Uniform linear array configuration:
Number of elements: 16
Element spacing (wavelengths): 0.25
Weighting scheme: cosine
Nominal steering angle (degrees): -15
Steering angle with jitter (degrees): -14.798
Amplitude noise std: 0.05
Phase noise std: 0.05

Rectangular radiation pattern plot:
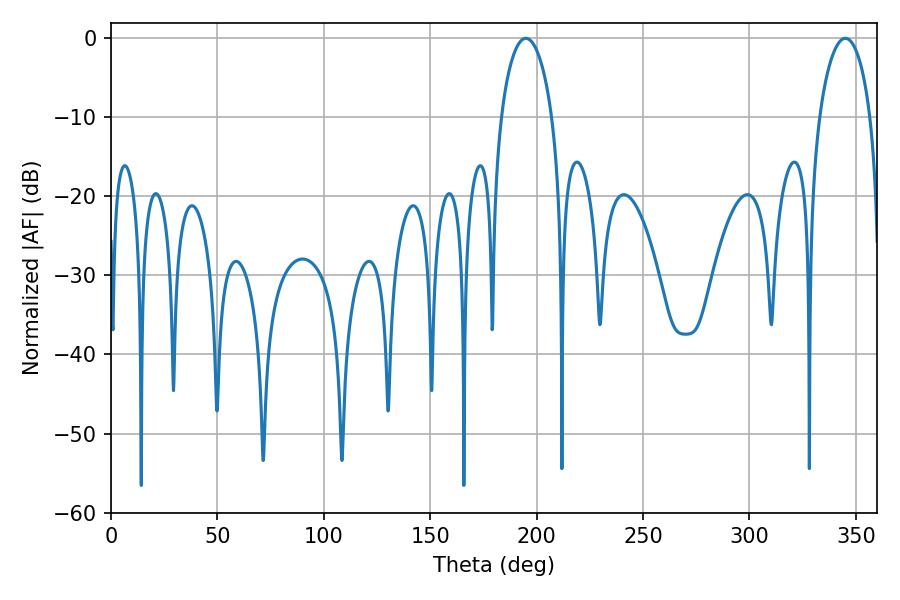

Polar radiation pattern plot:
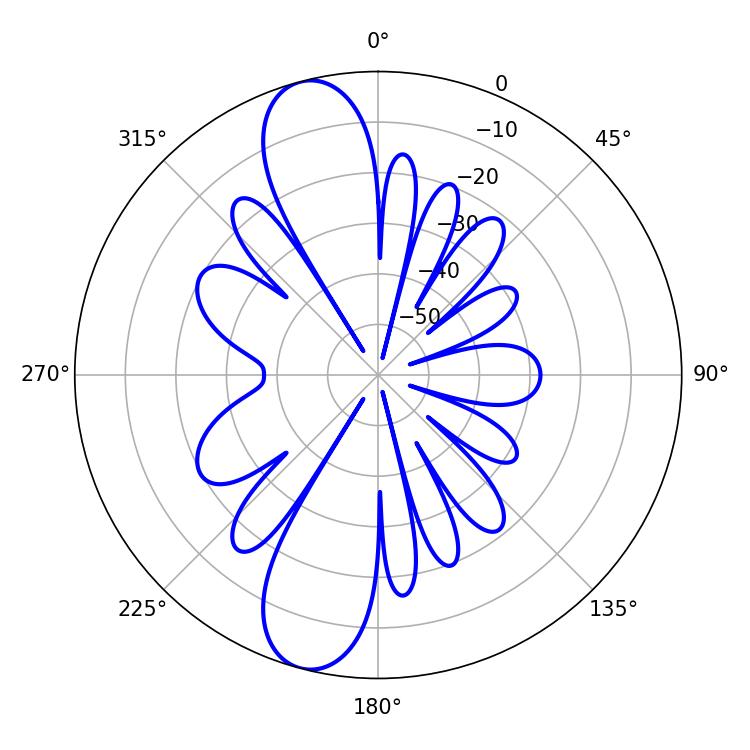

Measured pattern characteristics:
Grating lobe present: FALSE
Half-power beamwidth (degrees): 13.86
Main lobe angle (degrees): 345.06